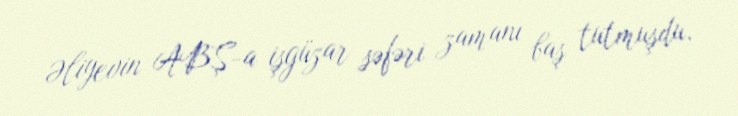
Əliyevin ABŞ-a işgüzar səfəri zamanı baş tutmuşdu.